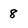
Character: 8